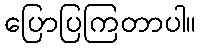
ပြောပြကြတာပါ။